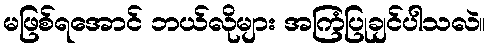
မဖြစ်ရအောင် ဘယ်လိုများ အကြံပြုချင်ပါသလဲ။